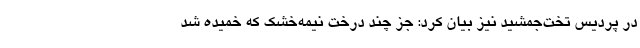
در پردیس تخت‌جمشید نیز بیان کرد: جز چند درخت نیمه‌خشک که خمیده شد